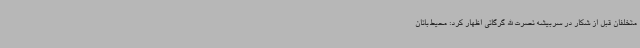
متخلفان قبل از شکار در سربیشه نصرت الله گرگانی اظهار کرد: محیط‌بانان